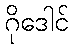
ဂိုဒေါင်